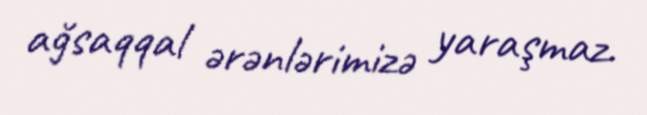
ağsaqqal ərənlərimizə yaraşmaz.